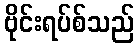
ဗိုင်းရပ်စ်သည်